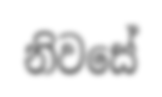
නිවසේ